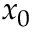
x _ { 0 }